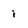
Character: i